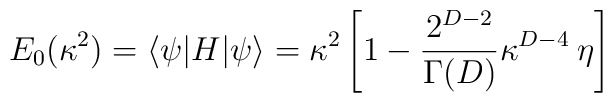
E_0(\kappa^2)=\langle\psi|H|\psi\rangle=\kappa^2\left[ 1 - {2^{D-2} \over \Gamma(D)} \kappa^{D-4} \>  \eta \right]